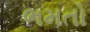
ભમતો